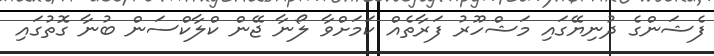
ފެޝަންގެ ދުނިޔޭގައި މަޝްހޫރު ފަރާތެއް ކަމަށްވާ ލޯނާ ޖޭން ކްލާކްސަން ބުނާ ގޮތުގައި